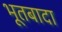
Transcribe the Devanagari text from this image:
भूतबादा